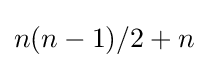
n(n-1)/2+n